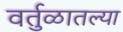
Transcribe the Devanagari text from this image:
वर्तुळातल्या